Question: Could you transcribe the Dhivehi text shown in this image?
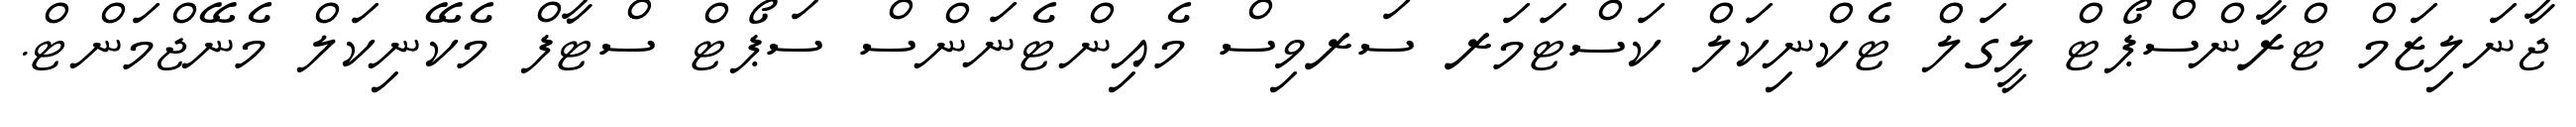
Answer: ޖާނަލިޒަމް ޓްރާންސްޕޯޓް ލީގަލް ޓެކްނިކަލް ކަސްޓަމަރ ސަރވިސް މެއިންޓެނަންސް ސަޕޯޓް ސްޓާފް މެކޭނިކަލް މެނޭޖްމަންޓް.